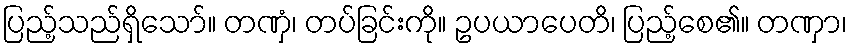
ပြည့်သည်ရှိသော်။ တဏှံ၊ တပ်ခြင်းကို။ ဥပယာပေတိ၊ ပြည့်စေ၏။ တဏှာ၊